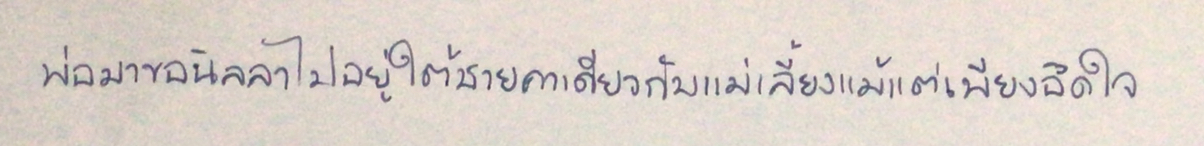
พ่อมาขอนิลลาไปอยู่ใต้ชายคาเดียวกับแม่เลี้ยงแม้แต่เพียงอึดใจ